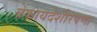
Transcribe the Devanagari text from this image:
बेकायदेशीरपणा